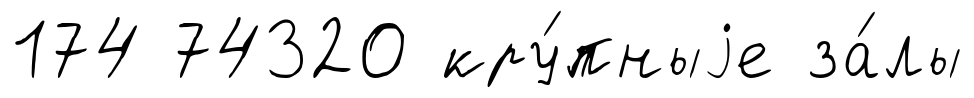
174 74320 кру́пныjе за́лы